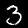
Digit: 3